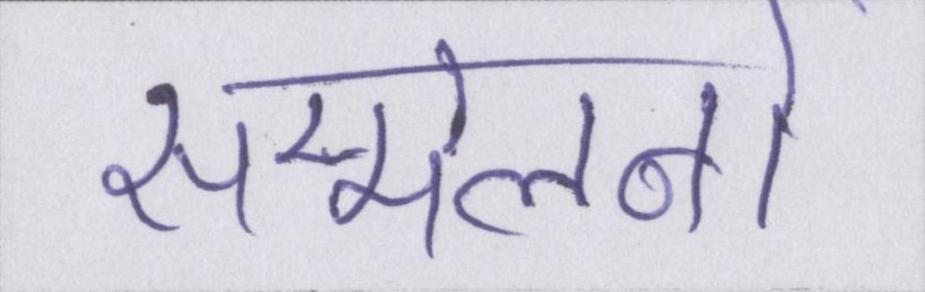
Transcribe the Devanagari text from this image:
सम्मेलनों